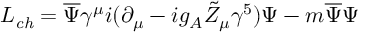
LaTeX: { \cal L } _ { \it c h } = \overline { { { \Psi } } } \gamma ^ { \mu } i ( \partial _ { \mu } - i g _ { A } \tilde { Z } _ { \mu } \gamma ^ { 5 } ) \Psi - m \overline { { { \Psi } } } \Psi